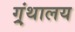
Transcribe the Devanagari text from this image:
ग्र्ंथालय